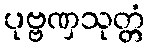
ပုဗ္ဗဏှသုတ္တံ